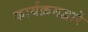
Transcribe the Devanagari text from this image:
कार्यक्रमद्वारे